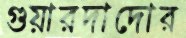
গুয়ারদাদোর